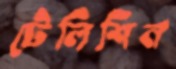
টেলিশিন